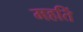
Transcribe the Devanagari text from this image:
महतिं